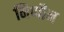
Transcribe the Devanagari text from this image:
निप्पौन